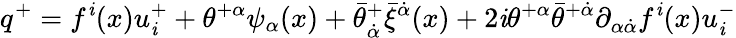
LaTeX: q^{+}=f^{\mathit{i}}(x)u_{\mathit{i}}^{+}+\theta^{+\alpha}\psi_{\alpha}(x)+\bar{{\theta}}_{\dot{{\alpha}}}^{+}\bar{{\xi}}^{\dot{{\alpha}}}(x)+2\mathit{i}\theta^{+\alpha}\bar{{\theta}}^{+\dot{{\alpha}}}\partial_{\alpha\dot{{\alpha}}}f^{\mathit{i}}(x)u_{\mathit{i}}^{-}